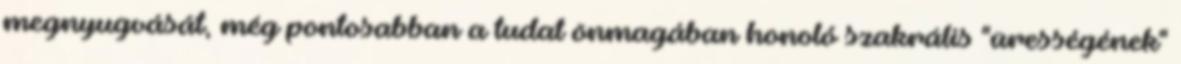
megnyugvását, még pontosabban a tudat önmagában honoló szakrális "ürességének"